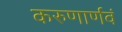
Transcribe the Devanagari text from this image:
करुणार्णवं